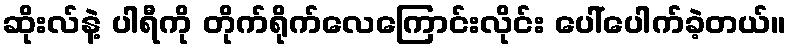
ဆိုးလ်နဲ့ ပါရီကို တိုက်ရိုက်လေကြောင်းလိုင်း ပေါ်ပေါက်ခဲ့တယ်။